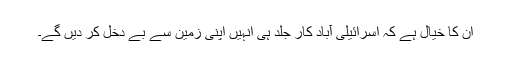
ان کا خیال ہے کہ اسرائیلی آباد کار جلد ہی انہیں اپنی زمین سے بے دخل کر دیں گے۔